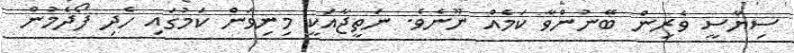
ސިޔާސީ ވެރިން ބޭނުންވާ ކަމެއް ނޫނެވެ. ނަތީޖާއަކީ މިނިވަން ކަމުގައި ހެދި ފޯދެމުން